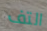
التف